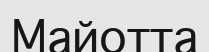
Майотта